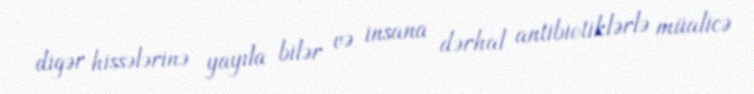
digər hissələrinə yayıla bilər və insana dərhal antibiotiklərlə müalicə